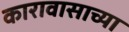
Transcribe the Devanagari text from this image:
कारावासाच्या